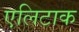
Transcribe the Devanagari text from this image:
एलिटाक